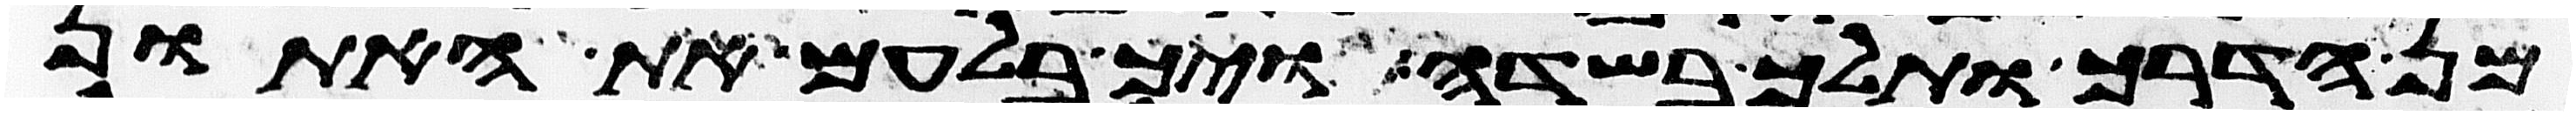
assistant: מן הדרך ותלך בשדה ויך בלעם את האתון